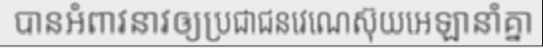
បានអំពាវនាវឲ្យប្រជាជនវេណេស៊ុយអេឡានាំគ្នា